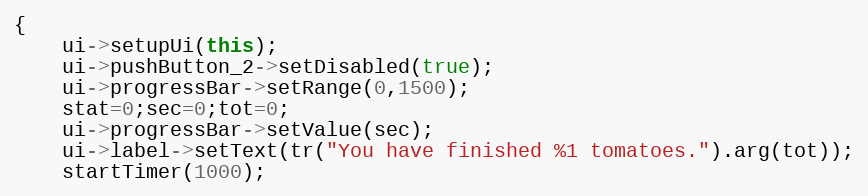
Language: C++
{
    ui->setupUi(this);
    ui->pushButton_2->setDisabled(true);
    ui->progressBar->setRange(0,1500);
    stat=0;sec=0;tot=0;
    ui->progressBar->setValue(sec);
    ui->label->setText(tr("You have finished %1 tomatoes.").arg(tot));
    startTimer(1000);